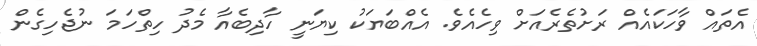
އެތައް ވާހަކައެއް ރަށުތެރެއަށް ވިހެއެވެ. އެއްބަޔަކު ކިޔަނީ ހާދިބެއާ މެދު ހިތްހަމަ ނުޖެހިގެން